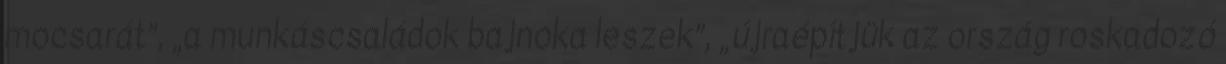
mocsarát”, „a munkáscsaládok bajnoka leszek”, „újraépítjük az ország roskadozó